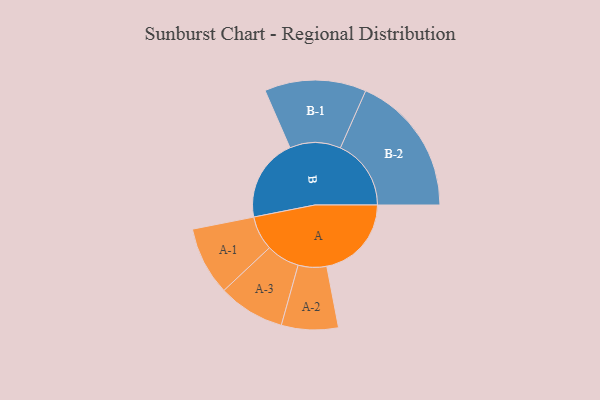
{"axis": {"x": "Segment", "y": "Value"}, "legend": ["", "A", "B"], "data": [{"x": "A", "y": 358, "type": ""}, {"x": "B", "y": 351, "type": ""}, {"x": "A-1", "y": 145, "type": "A"}, {"x": "A-2", "y": 120, "type": "A"}, {"x": "A-3", "y": 141, "type": "A"}, {"x": "B-1", "y": 215, "type": "B"}, {"x": "B-2", "y": 299, "type": "B"}]}